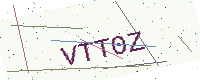
Text: VTT0Z